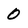
Character: 0